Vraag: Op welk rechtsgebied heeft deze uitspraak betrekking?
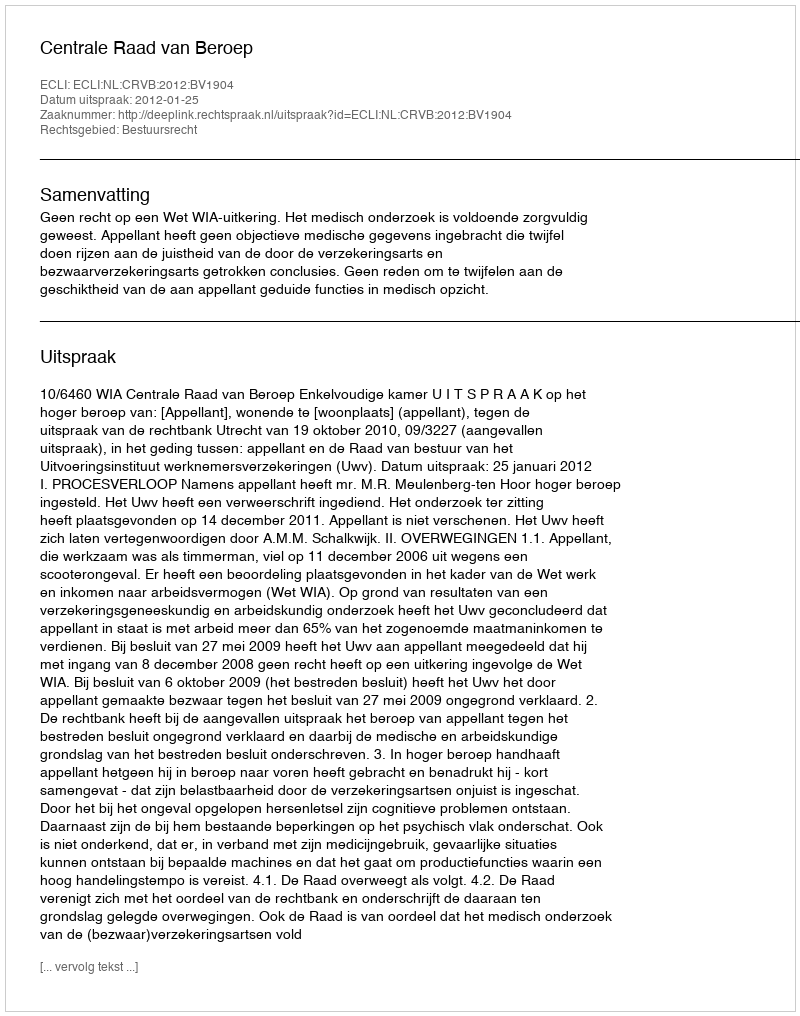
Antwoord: Bestuursrecht